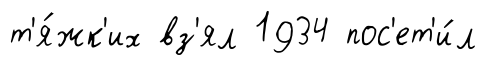
т'я́жк'их вз'ял 1934 пос'ет'и́л